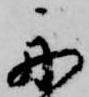
舟